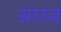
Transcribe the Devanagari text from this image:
साउज